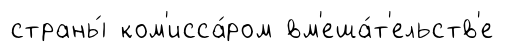
страны́ ком'исса́ром вм'еша́т'ельств'е